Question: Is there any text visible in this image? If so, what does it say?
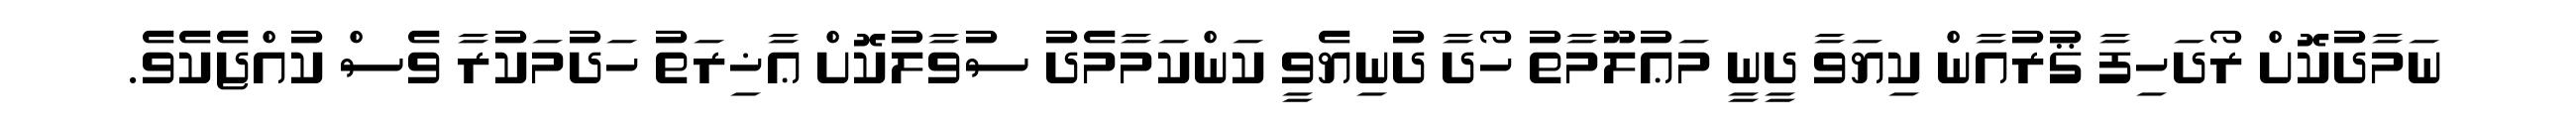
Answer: ނަމާދުކޮށް ރޯދަހިފާ ޤުރުއާން ކިޔަވާ ދީނީ މަޢުލޫމާތު ހޯދާ ދުނިޔެވީ ކަންކަމާމެދު ސުވާލުކޮށް ޢާޚިރަތު ހަދުމަކުރާ ވެސް ކުއްޖެކެވެ.